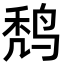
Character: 𪉍